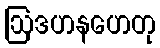
ဩဒဟနဟေတု